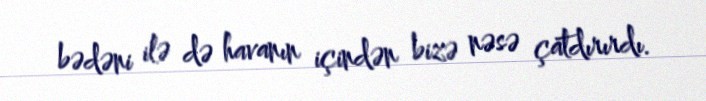
bədəni ilə də havanın içindən bizə nəsə çatdırırdı.